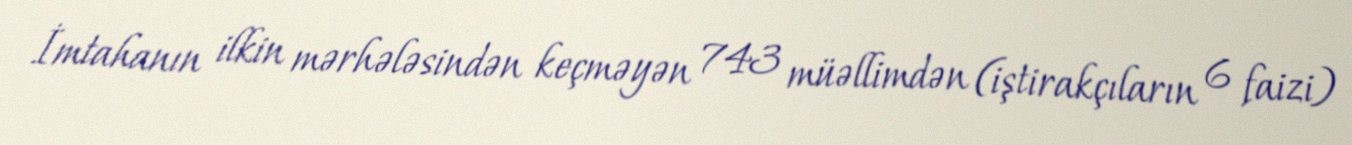
İmtahanın ilkin mərhələsindən keçməyən 743 müəllimdən (iştirakçıların 6 faizi)